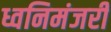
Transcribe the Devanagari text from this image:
ध्वनिमंजरी